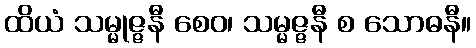
ထိယံ သမ္မုဇ္ဇနီ စေဝ၊ သမ္မဇ္ဇနီ စ သောဓနီ။